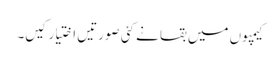
کیمپوں میں بقا نے کئی صورتیں اختیار کیں۔